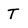
Character: T